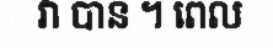
វា បាន ។ ពេល